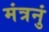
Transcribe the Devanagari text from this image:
मंत्रनुं